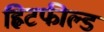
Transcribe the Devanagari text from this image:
ह्विटफील्ड